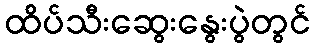
ထိပ်သီးဆွေးနွေးပွဲတွင်